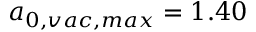
a _ { 0 , v a c , m a x } = 1 . 4 0